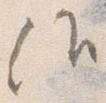
候